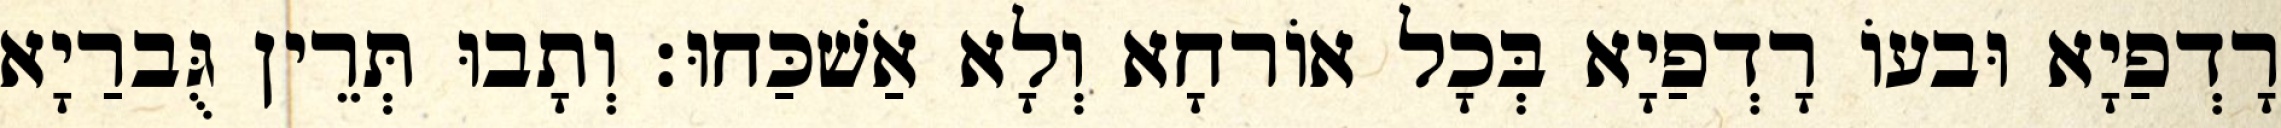
רָדְפַיָא וּבעוֹ רָדְפַיָא בְּכָל אוֹרחָא וְלָא אַשׁכַּחוּ׃ וְתָבוּ תְּרֵין גֻּברַיָא